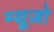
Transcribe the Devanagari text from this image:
म्यूज़ो